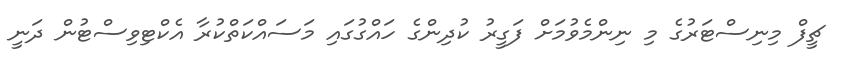
ޗީފް މިނިސްޓަރުގެ މި ނިންމެވުމަށް ފަގީރު ކުދިންގެ ހައްގުގައި މަސައްކަތްކުރާ އެކްޓިވިސްޓުން ދަނީ